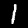
Label: 1